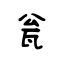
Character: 瓮